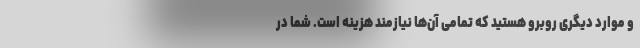
و موارد دیگری روبرو هستید که تمامی آن‌ها نیازمند هزینه است. شما در